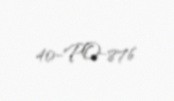
40-PO-876